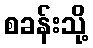
စခန်းသို့